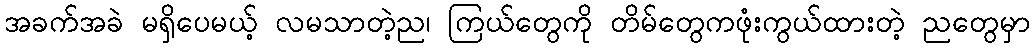
အခက်အခဲ မရှိပေမယ့် လမသာတဲ့ည၊ ကြယ်တွေကို တိမ်တွေကဖုံးကွယ်ထားတဲ့ ညတွေမှာ